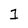
Character: 1